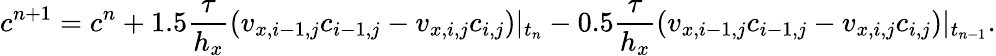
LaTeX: c^{n+1}=c^{n}+1.5\frac{\tau}{h_{x}}(v_{x,i-1,j}c_{i-1,j}-v_{x,i,j}c_{i,j})|_{t_{n}}-0.5\frac{\tau}{h_{x}}(v_{x,i-1,j}c_{i-1,j}-v_{x,i,j}c_{i,j})|_{t_{n-1}}.